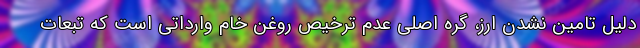
دلیل تامین نشدن ارز، گره اصلی عدم ترخیص روغن خام وارداتی است که تبعات